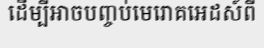
ដើម្បីអាចបញ្ចប់មេរោគអេដស៍ពី